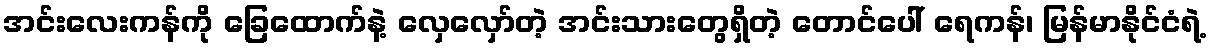
အင်းလေးကန်ကို ခြေထောက်နဲ့ လှေလှော်တဲ့ အင်းသားတွေရှိတဲ့ တောင်ပေါ် ရေကန်၊ မြန်မာနိုင်ငံရဲ့